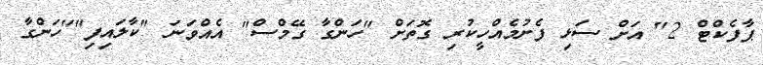
ޕާފެކްޓް 2" އަށް ސަޅި ފެށުމެއްހީކުރި ގޮތަށް "ހަންގާ ގޭމްސް" އެއްވަނަ "ކާލައިފި""ހަންގާ